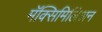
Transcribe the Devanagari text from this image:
मॅक्सिमिलिअन